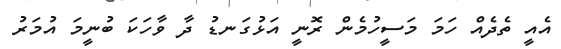
އެއީ ތެދެއް ހަމަ މަސީހުމެން ރޮނީ އަޅުގަނޑު ދާ ވާހަކަ ބުނީމަ އުމަރު